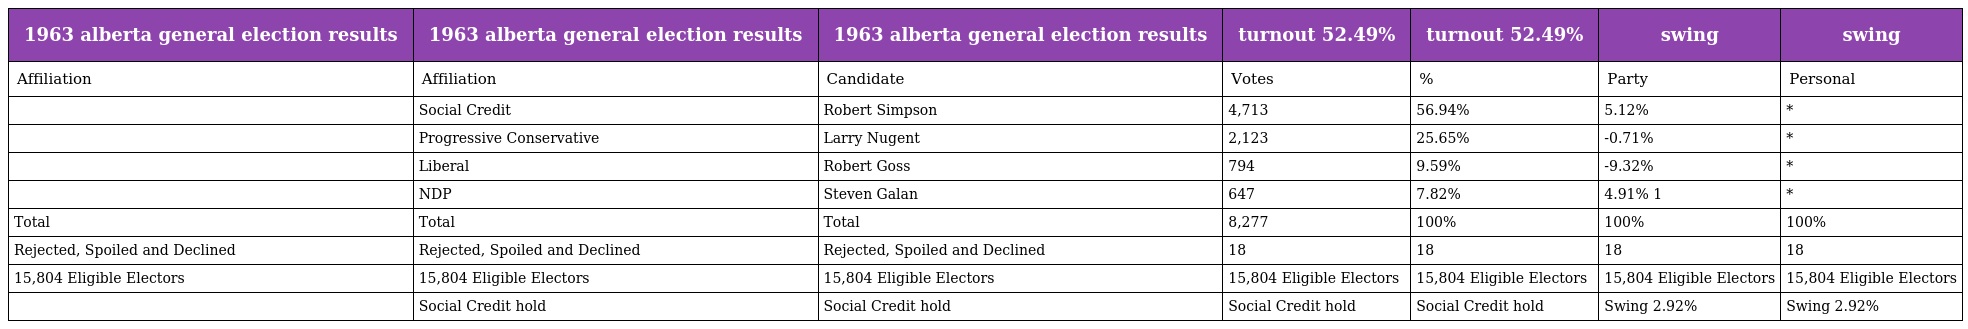
| 1963 alberta general election results | 1963 alberta general election results | 1963 alberta general election results | turnout 52.49% | turnout 52.49% | swing | swing |
 | --- | --- | --- | --- | --- | --- | --- |
 | Affiliation | Affiliation | Candidate | Votes | % | Party | Personal |
 |  | Social Credit | Robert Simpson | 4,713 | 56.94% | 5.12% | * |
 |  | Progressive Conservative | Larry Nugent | 2,123 | 25.65% | -0.71% | * |
 |  | Liberal | Robert Goss | 794 | 9.59% | -9.32% | * |
 |  | NDP | Steven Galan | 647 | 7.82% | 4.91% 1 | * |
 | Total | Total | Total | 8,277 | 100% | 100% | 100% |
 | Rejected, Spoiled and Declined | Rejected, Spoiled and Declined | Rejected, Spoiled and Declined | 18 | 18 | 18 | 18 |
 | 15,804 Eligible Electors | 15,804 Eligible Electors | 15,804 Eligible Electors | 15,804 Eligible Electors | 15,804 Eligible Electors | 15,804 Eligible Electors | 15,804 Eligible Electors |
 |  | Social Credit hold | Social Credit hold | Social Credit hold | Social Credit hold | Swing 2.92% | Swing 2.92% |